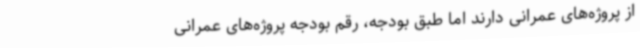
از پروژه‌های عمرانی دارند اما طبق بودجه، رقم بودجه پروژه‌های عمرانی